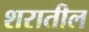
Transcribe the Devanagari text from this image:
शरातील